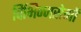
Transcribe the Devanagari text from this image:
विभिन्नरोगों